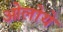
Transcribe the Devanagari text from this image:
ओलोये